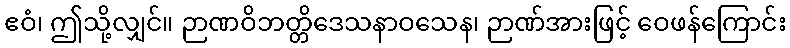
ဧဝံ၊ ဤသို့လျှင်။ ဉာဏဝိဘတ္တိဒေသနာဝသေန၊ ဉာဏ်အားဖြင့် ဝေဖန်ကြောင်း